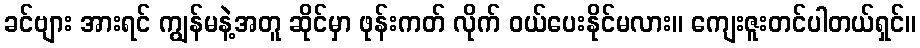
ခင်ဗျား အားရင် ကျွန်မနဲ့အတူ ဆိုင်မှာ ဖုန်းကတ် လိုက် ဝယ်ပေးနိုင်မလား။ ကျေးဇူးတင်ပါတယ်ရှင်။